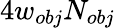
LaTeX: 4w_{obj}N_{obj}